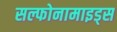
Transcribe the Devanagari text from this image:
सल्फोनामाइड्स